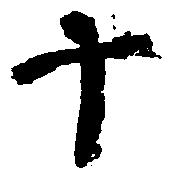
十